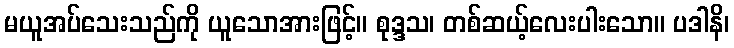
မယူအပ်သေးသည်ကို ယူသောအားဖြင့်။ စုဒ္ဒသ၊ တစ်ဆယ့်လေးပါးသော။ ပဒါနိ၊